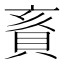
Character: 賌